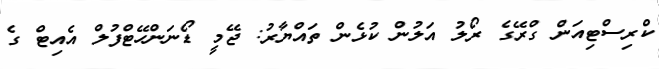
ކްރިސްޓިއަން ގްރޭގެ ރޯލު އަލުން ކުޅެން ތައްޔާރު: ޖޭމީ ޑޯނަންހޭޓްފުލް އެއިޓް ގެ